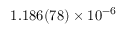
1 . 1 8 6 ( 7 8 ) \times 1 0 ^ { - 6 }